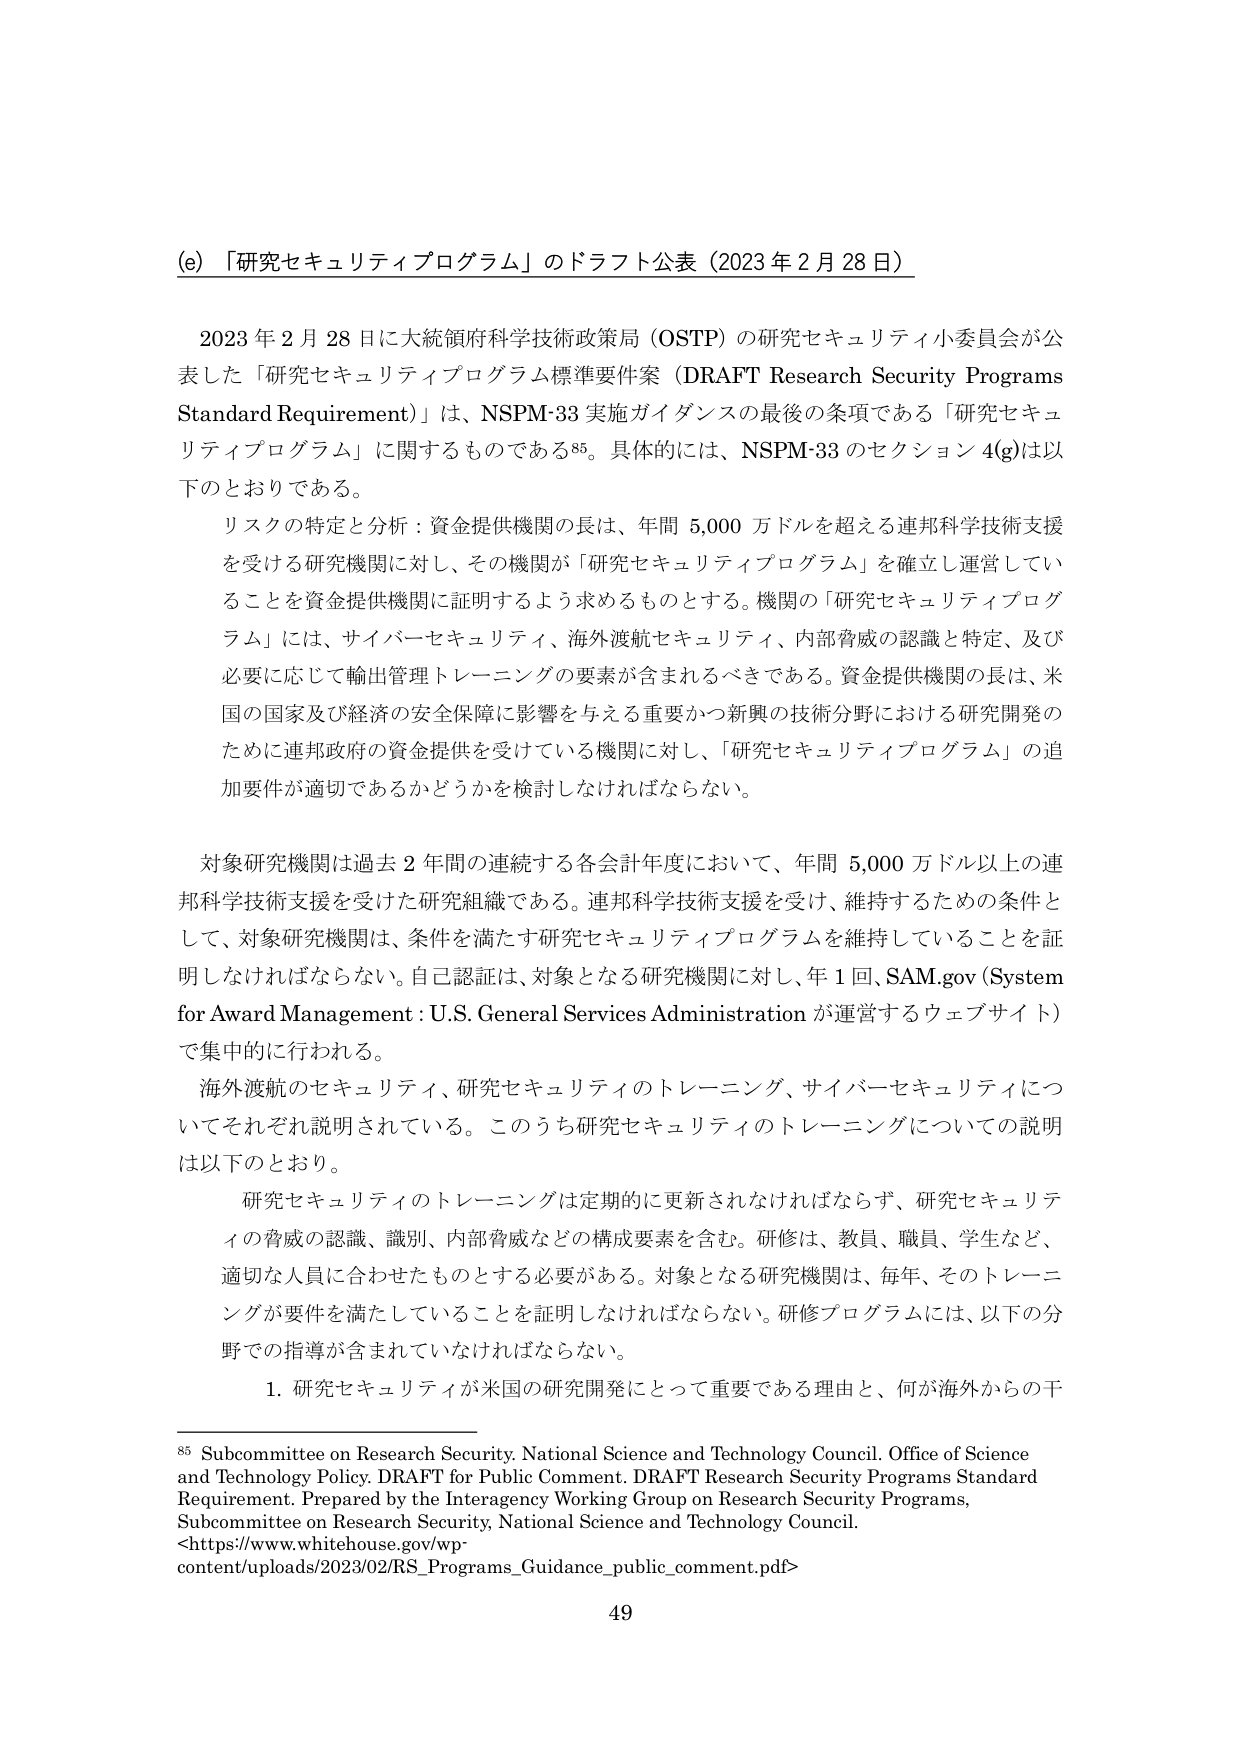
(e) 「研究セキュリティプログラム」のドラフト公表（2023年2月28日）

2023年2月28日に大統領府科学技術政策局（OSTP）の研究セキュリティ小委員会が公表した「研究セキュリティプログラム標準要件案（DRAFT Research Security Programs Standard Requirement）」は、NSPM-33実施ガイダンスの最後の条項である「研究セキュリティプログラム」に関するものである⁸⁵。具体的には、NSPM-33のセクション4(g)は以下のとおりである。

リスクの特定と分析：資金提供機関の長は、年間5,000万ドルを超える連邦科学技術支援を受ける研究機関に対し、その機関が「研究セキュリティプログラム」を確立し運営していることを資金提供機関に証明するよう求めるものとする。機関の「研究セキュリティプログラム」には、サイバーセキュリティ、海外渡航セキュリティ、内部脅威の認識と特定、及び必要に応じて輸出管理トレーニングの要素が含まれるべきである。資金提供機関の長は、米国の国家及び経済の安全保障に影響を与える重要かつ新興の技術分野における研究開発のために連邦政府の資金提供を受けている機関に対し、「研究セキュリティプログラム」の追加要件が適切であるかどうかを検討しなければならない。

対象研究機関は過去2年間の連続する各会計年度において、年間5,000万ドル以上の連邦科学技術支援を受けた研究組織である。連邦科学技術支援を受け、維持するための条件として、対象研究機関は、条件を満たす研究セキュリティプログラムを維持していることを証明しなければならない。自己認証は、対象となる研究機関に対し、年1回、SAM.gov（System for Award Management：U.S. General Services Administrationが運営するウェブサイト）で集中的に行われる。

海外渡航のセキュリティ、研究セキュリティのトレーニング、サイバーセキュリティについてそれぞれ説明されている。このうち研究セキュリティのトレーニングについての説明は以下のとおり。

研究セキュリティのトレーニングは定期的に更新されなければならず、研究セキュリティの脅威の認識、識別、内部脅威などの構成要素を含む。研修は、教員、職員、学生など、適切な人員に合わせたものとする必要がある。対象となる研究機関は、毎年、そのトレーニングが要件を満たしていることを証明しなければならない。研修プログラムには、以下の分野での指導が含まれていなければならない。

1. 研究セキュリティが米国の研究開発にとって重要である理由と、何が海外からの干

⁸⁵ Subcommittee on Research Security. National Science and Technology Council. Office of Science and Technology Policy. DRAFT for Public Comment. DRAFT Research Security Programs Standard Requirement. Prepared by the Interagency Working Group on Research Security Programs, Subcommittee on Research Security, National Science and Technology Council. <https://www.whitehouse.gov/wp-content/uploads/2023/02/RS_Programs_Guidance_public_comment.pdf>

49